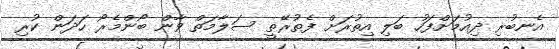
އެނބުރި ދިއުމަށްފަހު ބަލި އިތުރަށް ފެތުރޭތީ ސަލާމަތް ވާން ބޯންމެރޯ ހަދަން ކުރި